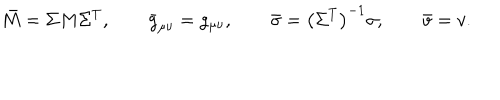
LaTeX: \bar { M } = \Sigma M \Sigma ^ { T } , \qquad \bar { g } _ { \mu \nu } = g _ { \mu \nu } , \qquad \bar { \sigma } = \left( \Sigma ^ { T } \right) ^ { - 1 } \sigma , \qquad \bar { v } = v .